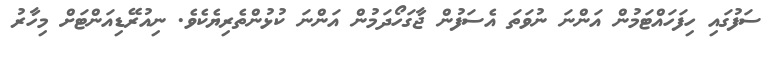
ސަފުގައި ހިފަހައްޓަމުން އަންނަ ނުވަތަ އެސަފުން ޖާގަހޯދަމުން އަންނަ ކުޅުންތެރިޔެކެވެ. ނިއުރޭޑިއަންޓަށް މިހާރު